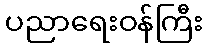
ပညာရေးဝန်ကြီး